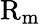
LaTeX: \mathrm{R}_{\mathrm{m}}